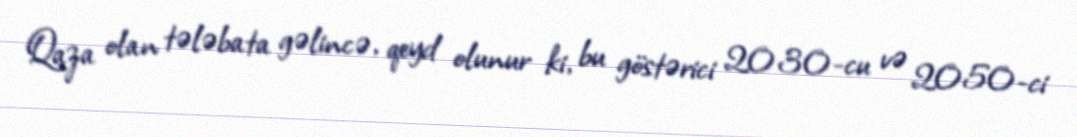
Qaza olan tələbata gəlincə, qeyd olunur ki, bu göstərici 2030-cu və 2050-ci